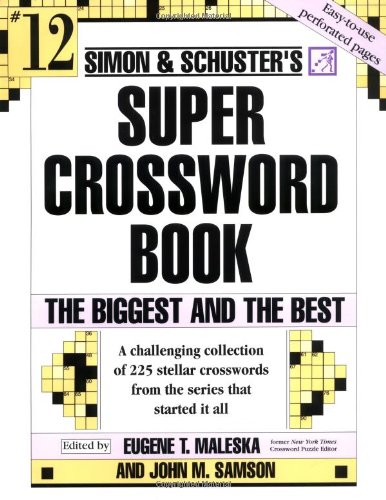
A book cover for Simon and Schuster Super Crossword Puzzle Book #12: The Biggest and the Best (Simon & Schuster Super Crossword Books); John M. Samson; Biographies & Memoirs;